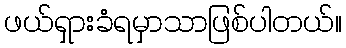
ဖယ်ရှားခံရမှာသာဖြစ်ပါတယ်။